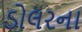
ડોલરના